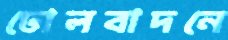
ঢোলবাদনে